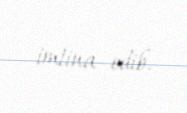
imtina edib.